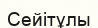
Сейітұлы